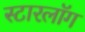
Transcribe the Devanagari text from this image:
स्टारलॉग